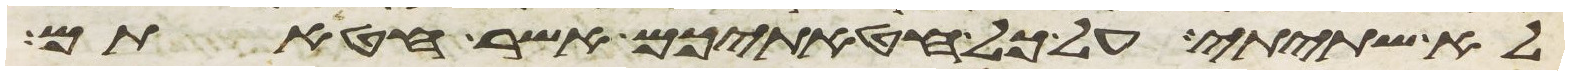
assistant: לא שתיתי על כל חטאתיכם אשר חטאתם